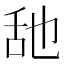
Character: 𦧇